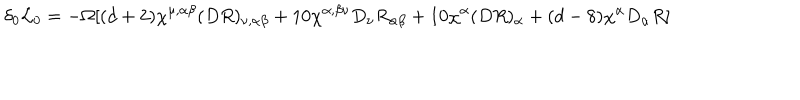
\delta _ { 0 } { \cal L } _ { 0 } = - \Omega [ ( d + 2 ) \chi ^ { \mu , \alpha \beta } ( D R ) _ { \nu , \alpha \beta } + 1 0 \chi ^ { \alpha , \beta \nu } D _ { \nu } R _ { \alpha \beta } + 1 0 \chi ^ { \alpha } ( D R ) _ { \alpha } + ( d - 8 ) \chi ^ { \alpha } D _ { \alpha } R ]